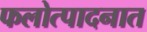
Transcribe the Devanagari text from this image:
फलोत्पादनात